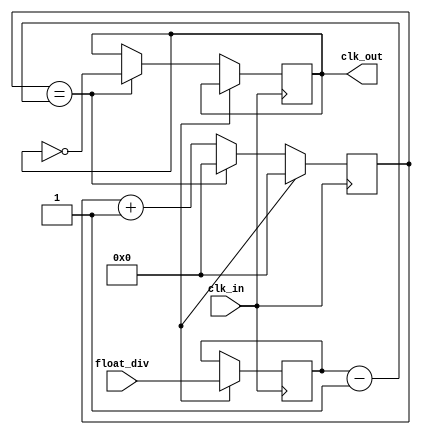
module floating_point_clock_divider (
    input wire clk_in,
    input wire [31:0] float_div,
    output reg clk_out
);

reg [31:0] count;
reg [31:0] divisor;

always @ (posedge clk_in) begin
    if (reset) begin
        count <= 0;
        divisor <= float_div;
    end else begin
        if (count == divisor - 1) begin
            count <= 0;
            clk_out <= ~clk_out;
        end else begin
            count <= count + 1;
        end
    end
end

endmodule